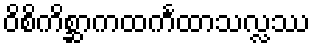
ဝိစိကိစ္ဆာကထင်္ကထာသလ္လဿ